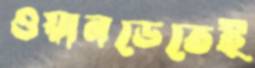
ওয়ানডেতেই